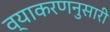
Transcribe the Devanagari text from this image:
व्याकरणनुसारी